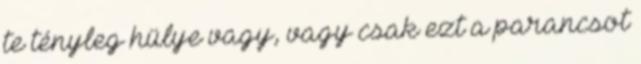
te tényleg hülye vagy, vagy csak ezt a parancsot